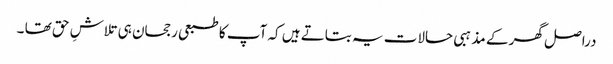
دراصل گھر کے مذہبی حالات یہ بتاتے ہیں کہ آپ کا طبعی رجحان ہی تلاشِ حق تھا ۔